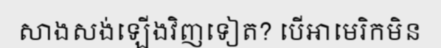
សាងសង់ឡើងវិញទៀត? បើអាមេរិកមិន